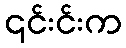
၎င်းင်းက